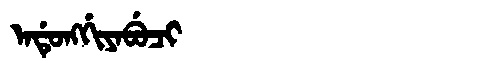
Manchu: ᠠᡩᡠᠩᡤᡳᠶᠠᠪᡠᠴᡳ
Romanization: ADUNGGIYABUCI